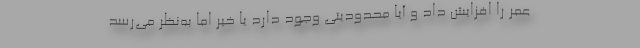
عمر را افزایش داد و آیا محدودیتی وجود دارد یا خیر اما به‌نظر می‌رسد